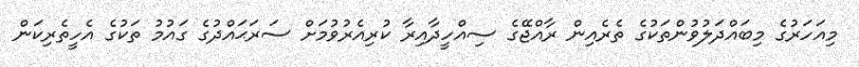
މިއަހަރުގެ މިބައްދަލުވުންތަކުގެ ތެރެއިން ރާއްޖޭގެ ސިއްހީދާއިރާ ކުރިއެރުވުމަށް ސަރަޙައްދުގެ ގައުމު ތަކުގެ އެހީތެރިކަން